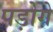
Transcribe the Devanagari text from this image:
पड़ोगे